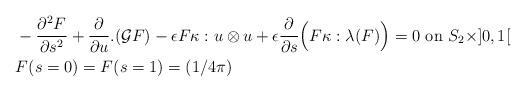
LaTeX: \begin{align*}& - \frac{\partial^2F}{\partial s^2}+ \frac{\partial}{\partial u}.(\mathcal{G}F)-\epsilon F\kappa : u\otimes u+\epsilon \frac{\partial}{\partial s}\Big( F\kappa:\lambda(F)\Big)=0 \textrm{ on } S_2 \times ]0, 1[ \\& F(s=0) = F(s=1) = (1/4\pi)\end{align*}